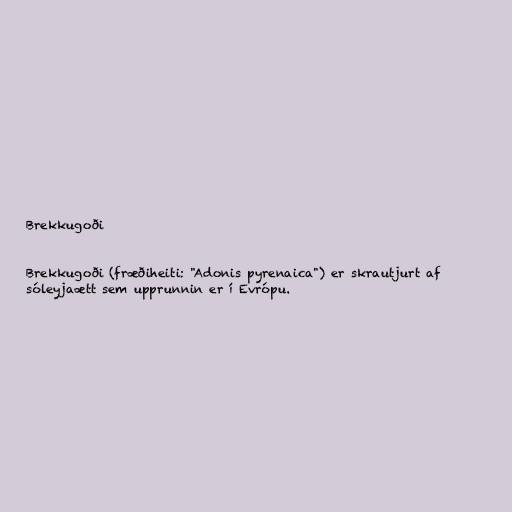
Brekkugoði

Brekkugoði (fræðiheiti: "Adonis pyrenaica") er skrautjurt af
sóleyjaætt sem upprunnin er í Evrópu.